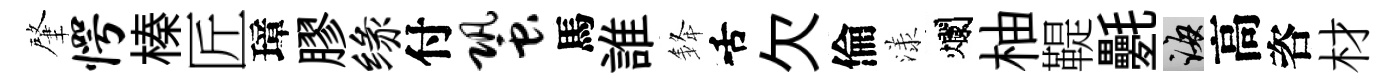
肇愕榛匠璋膠缘付蛩馬誰𨦟舌欠倫漾爛柚鞮氎誨高咨材